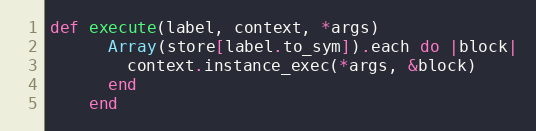
Language: Ruby
def execute(label, context, *args)
      Array(store[label.to_sym]).each do |block|
        context.instance_exec(*args, &block)
      end
    end